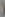
(